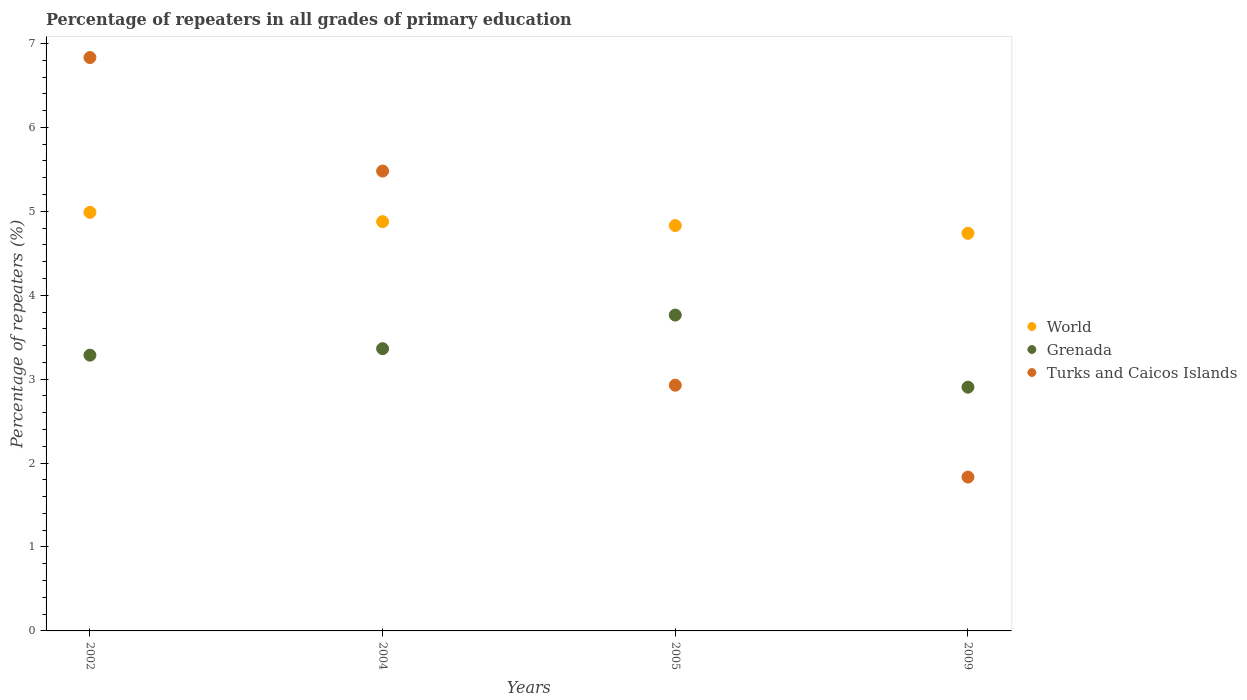
| Years | World | Grenada | Turks and Caicos Islands |
 | --- | --- | --- | --- |
 | 2002 | 4.99 | 3.29 | 6.83 |
 | 2004 | 4.88 | 3.36 | 5.48 |
 | 2005 | 4.83 | 3.76 | 2.93 |
 | 2009 | 4.74 | 2.9 | 1.83 |